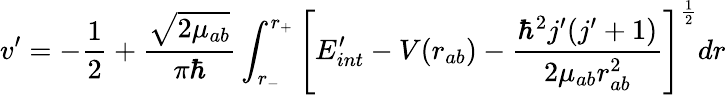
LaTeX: v^{\prime}=-\frac{1}{2}+\frac{\sqrt{2\mu_{ab}}}{\pi\hbar}\int_{r_{-}}^{r_{+}}\left[E_{int}^{\prime}-V(r_{ab})-\frac{\hbar^{2}j^{\prime}(j^{\prime}+1)}{2\mu_{ab}r_{ab}^{2}}\right]^{\frac{1}{2}}dr